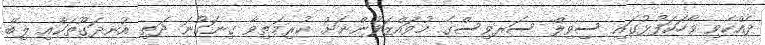
ދެއްކެވި ވާހަކަފުޅުގައި ސިވިލް ސަރވިސްގެ މުވައްޒަފުންނަށް ކުރިމަތިވާ ގިނަގުނަ ދަތި އުނދަގޫތަކާއި ލިބޭ